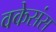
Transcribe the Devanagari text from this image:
वकेसंस